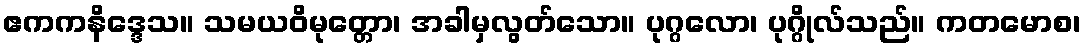
ဧကကနိဒ္ဒေသ။ သမယဝိမုတ္တော၊ အခါမှလွတ်သော။ ပုဂ္ဂလော၊ ပုဂ္ဂိုလ်သည်။ ကတမောစ၊